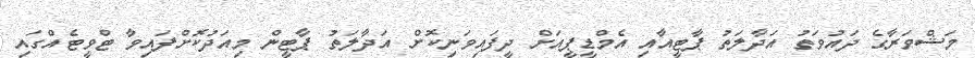
މަޝްވަރާގެ ދައުވަތު އަދާލަތު ޕާޓީއާއި އެމްޑީޕީއަށް ދީފައިވަނިކޮށް އަދާލަތު ޕާޓީން މިއަދުކޮށްފައިވާ ޓްވީޓެއްގައި